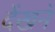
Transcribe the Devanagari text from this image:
देंखने